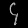
Digit: ၄